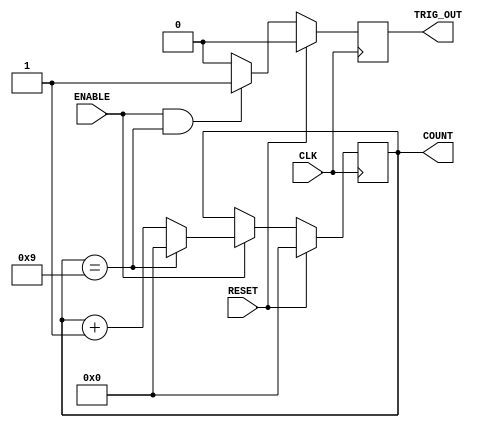
`timescale 1ns / 1ps
//////////////////////////////////////////////////////////////////////////////////
// Company: 
// Engineer: 
// 
// Design Name: 
// Module Name: Generic_counter
// Project Name: 
// Target Devices: 
// Tool Versions: 
// Description: 
// 
// Dependencies: 
// 
// Revision:
// Revision 0.01 - File Created
// Additional Comments:
// 
//////////////////////////////////////////////////////////////////////////////////


module Generic_counter(
CLK,
RESET,
ENABLE,
TRIG_OUT,
COUNT

    );
    parameter COUNTER_WIDTH =4;
    parameter COUNTER_MAX   =9;
    
    input CLK;
    input RESET;
    input ENABLE;
    output TRIG_OUT;
    output [COUNTER_WIDTH-1:0] COUNT;
    
    reg [COUNTER_WIDTH-1:0] count_value;
    reg Trigger_out;
    
    //
    initial begin
    count_value=0;
    Trigger_out=0;
    end
    //
  
  //count_value  
  
    always@(posedge CLK) begin
            if(RESET)
                count_value<=0;
            else begin
                if(ENABLE) begin
                if(count_value == COUNTER_MAX)
                count_value<=0;
            else
                count_value<= count_value+1;
            end
        end
    end
  
  // trigger_out
    
    always@(posedge CLK) begin
        if(RESET)
            Trigger_out <=0;
        else begin
            if(ENABLE && (count_value == COUNTER_MAX))
                Trigger_out <=1;
            else 
                Trigger_out <=0;
        end
    end
      
     assign COUNT = count_value;
     assign TRIG_OUT = Trigger_out;    
     
endmodule